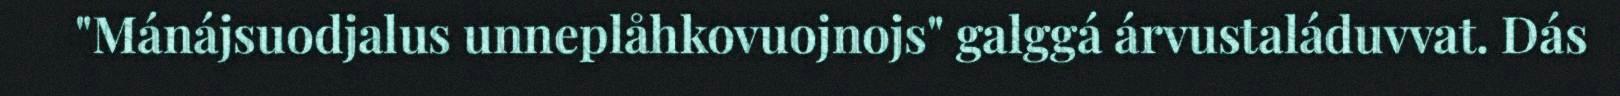
"Mánájsuodjalus unneplåhkovuojnojs" galggá árvustaláduvvat. Dás